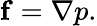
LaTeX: \mathbf{f}=\nabla p.